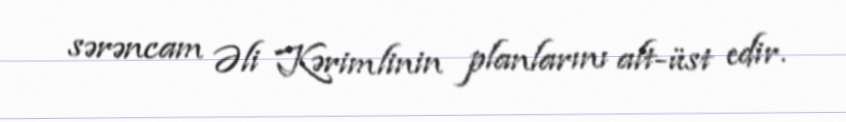
sərəncam Əli Kərimlinin planlarını alt-üst edir.